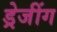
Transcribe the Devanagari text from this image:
ड्रेजींग